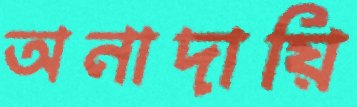
অনাদায়ি